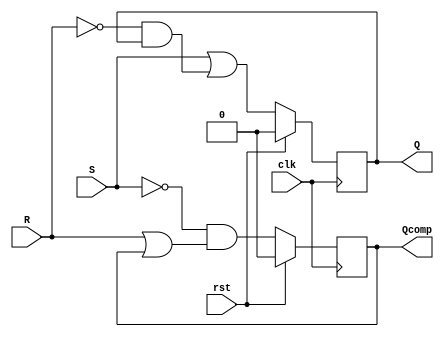
module SRFlipFlop(Q,Qcomp,rst,S,R,clk);

input S,R,rst,clk;
output reg Q,Qcomp;

/*wire a,b;

nand(a,S,clk);
nand(b,R,clk);
nand(Q,a,Qcomp);
nand(Qcomp,b,Q);*/

always @(posedge clk)
begin
 if(rst == 1)
   begin
     Q = 0;
     Qcomp = 0;
   end
 else
   begin
     Q = S|(~R&Q);
     Qcomp = ~S&(R|Qcomp);
   end
end

endmodule